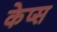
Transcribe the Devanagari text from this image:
केप्स